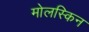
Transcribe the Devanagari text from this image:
मोलस्किन